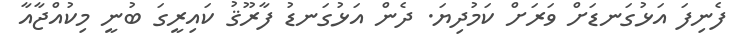
ފެނިފަ އަޅުގަނޑަށް ވަރަށް ކަމުދިޔަ. ދެން އަޅުގަނޑު ފާރޫޤު ކައިރީގަ ބުނީ މިކުއްޖާއާ